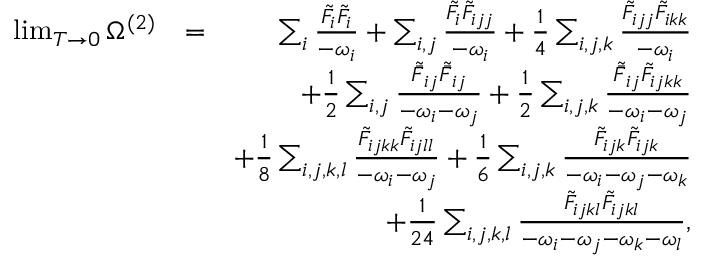
\begin{array} { r l r } { \operatorname* { l i m } _ { T \to 0 } \Omega ^ { ( 2 ) } } & { = } & { \sum _ { i } \frac { \tilde { F } _ { i } \tilde { F } _ { i } } { - \omega _ { i } } + \sum _ { i , j } \frac { \tilde { F } _ { i } \tilde { F } _ { i j j } } { - \omega _ { i } } + \frac { 1 } { 4 } \sum _ { i , j , k } \frac { \tilde { F } _ { i j j } \tilde { F } _ { i k k } } { - \omega _ { i } } } \\ & { } & { + \frac { 1 } { 2 } \sum _ { i , j } \frac { \tilde { \bar { F } } _ { i j } \tilde { \bar { F } } _ { i j } } { - \omega _ { i } - \omega _ { j } } + \frac { 1 } { 2 } \sum _ { i , j , k } \frac { \tilde { \bar { F } } _ { i j } \tilde { F } _ { i j k k } } { - \omega _ { i } - \omega _ { j } } } \\ & { } & { + \frac { 1 } { 8 } \sum _ { i , j , k , l } \frac { \tilde { F } _ { i j k k } \tilde { F } _ { i j l l } } { - \omega _ { i } - \omega _ { j } } + \frac { 1 } { 6 } \sum _ { i , j , k } \frac { \tilde { F } _ { i j k } \tilde { F } _ { i j k } } { - \omega _ { i } - \omega _ { j } - \omega _ { k } } } \\ & { } & { + \frac { 1 } { 2 4 } \sum _ { i , j , k , l } \frac { \tilde { F } _ { i j k l } \tilde { F } _ { i j k l } } { { - \omega _ { i } - \omega _ { j } - \omega _ { k } - \omega _ { l } } } , } \end{array}